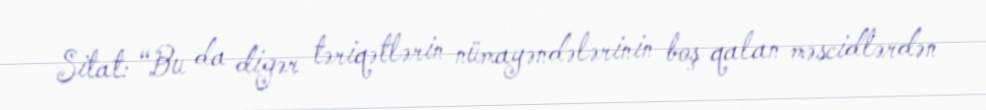
Sitat: “Bu da digər təriqətlərin nümayəndələrinin boş qalan məscidlərdən